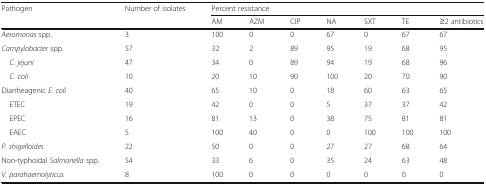
<table><thead><tr><td rowspan="2"><b>Pathogen</b></td><td rowspan="2"><b>Number of isolates</b></td><td colspan="7"><b>Percent resistance</b></td></tr><tr><td><b>AM</b></td><td><b>AZM</b></td><td><b>CIP</b></td><td><b>NA</b></td><td><b>SXT</b></td><td><b>TE</b></td><td><b>≥2 antibiotics</b></td></tr></thead><tbody><tr><td><i>Aeromonas</i> spp.</td><td>3</td><td>100</td><td>0</td><td>0</td><td>67</td><td>0</td><td>67</td><td>67</td></tr><tr><td><i>Campylobacter</i> spp.</td><td>57</td><td>32</td><td>2</td><td>89</td><td>95</td><td>19</td><td>68</td><td>95</td></tr><tr><td> <i>C. jejuni</i></td><td>47</td><td>34</td><td>0</td><td>89</td><td>94</td><td>19</td><td>68</td><td>96</td></tr><tr><td> <i>C. coli</i></td><td>10</td><td>20</td><td>10</td><td>90</td><td>100</td><td>20</td><td>70</td><td>90</td></tr><tr><td>Diarrheagenic <i>E. coli</i></td><td>40</td><td>65</td><td>10</td><td>0</td><td>18</td><td>60</td><td>63</td><td>65</td></tr><tr><td> ETEC</td><td>19</td><td>42</td><td>0</td><td>0</td><td>5</td><td>37</td><td>37</td><td>42</td></tr><tr><td> EPEC</td><td>16</td><td>81</td><td>13</td><td>0</td><td>38</td><td>75</td><td>81</td><td>81</td></tr><tr><td> EAEC</td><td>5</td><td>100</td><td>40</td><td>0</td><td>0</td><td>100</td><td>100</td><td>100</td></tr><tr><td><i>P. shigelloides</i></td><td>22</td><td>50</td><td>0</td><td>0</td><td>27</td><td>27</td><td>68</td><td>64</td></tr><tr><td>Non-typhoidal <i>Salmonella</i> spp.</td><td>54</td><td>33</td><td>6</td><td>0</td><td>35</td><td>24</td><td>63</td><td>48</td></tr><tr><td><i>V. parahaemolyticus</i></td><td>8</td><td>100</td><td>0</td><td>0</td><td>0</td><td>0</td><td>0</td><td>0</td></tr></tbody></table>